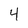
Character: 4